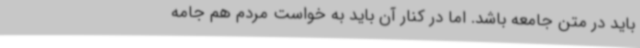
باید در متن جامعه باشد. اما در کنار آن باید به خواست مردم هم جامه